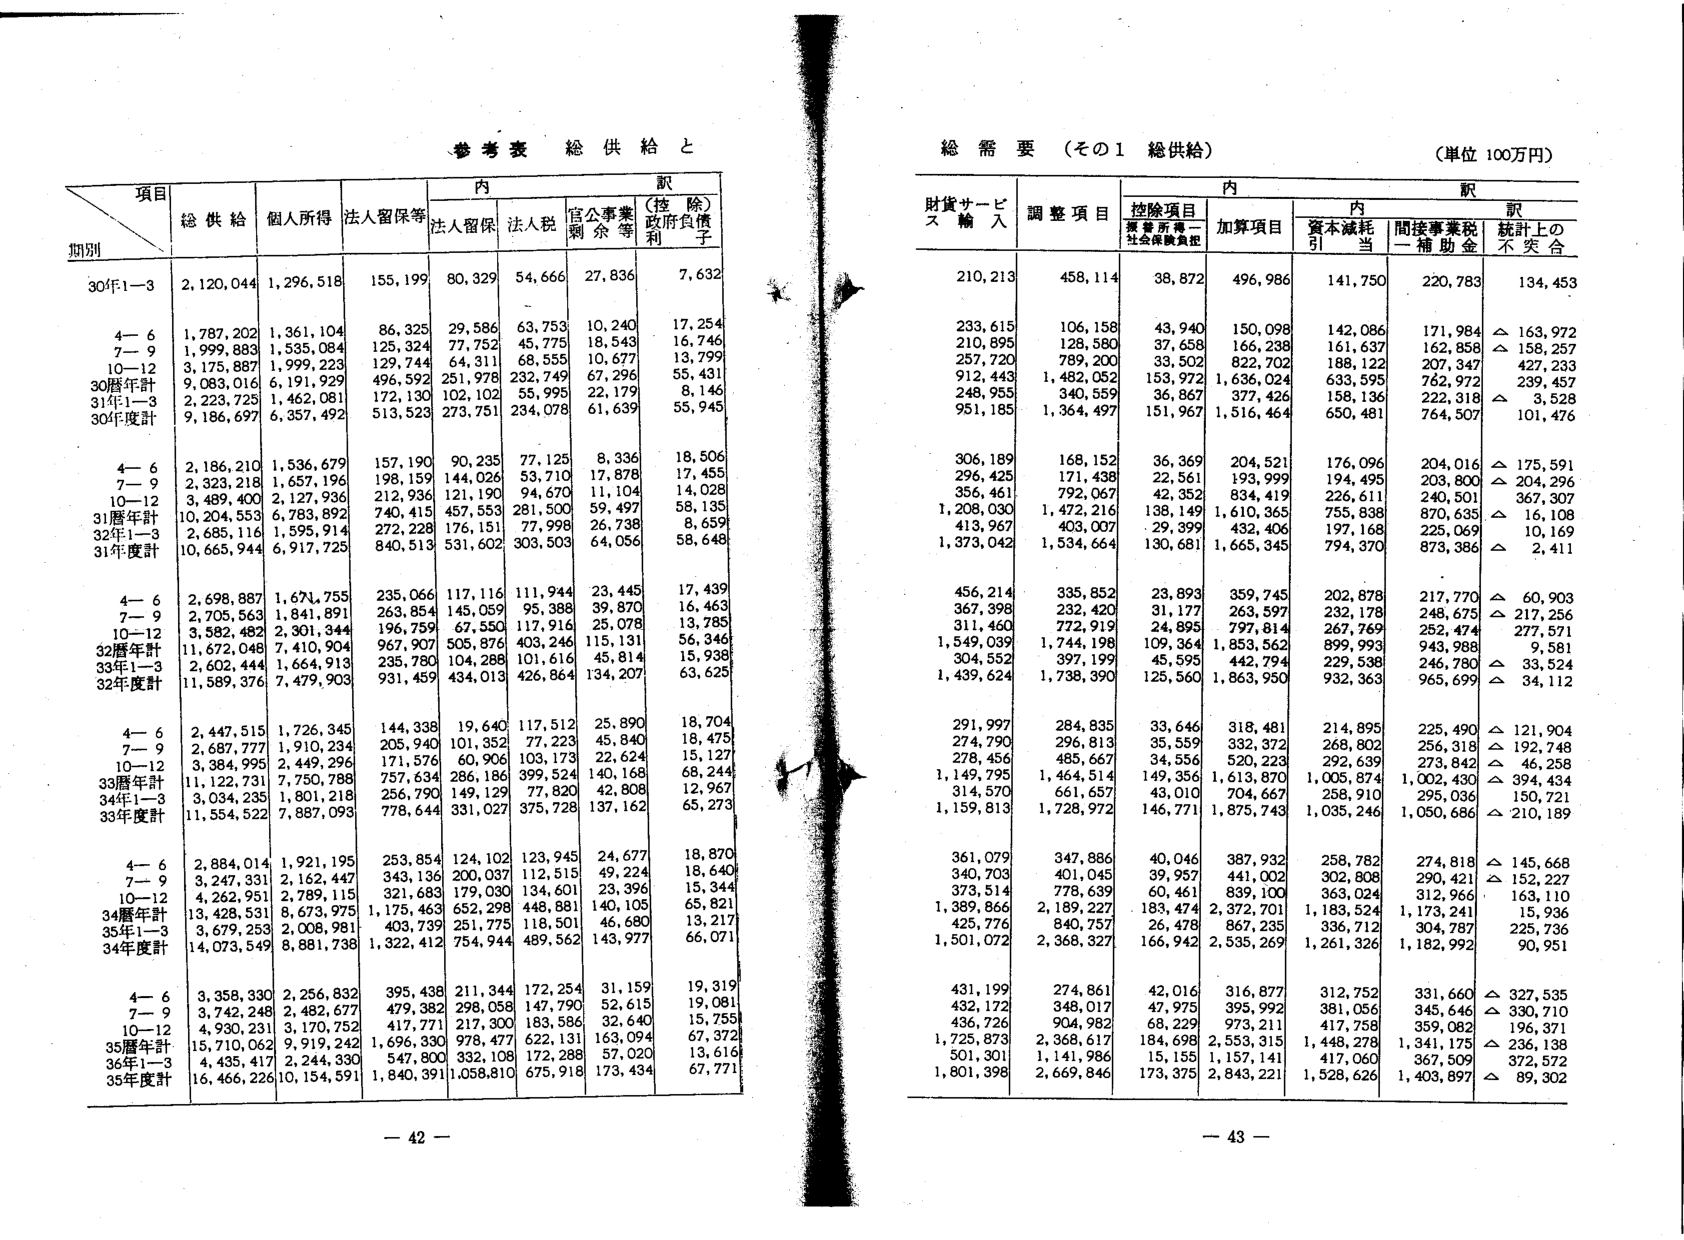
参考表 総供給と

項目
期別
総供給
個人所得
法人留保等
内訳
法人留保
法人税
官公事業剰余等
(控除)政府負債利子

30年1-3
2,120,044
1,296,518
155,199
80,329
54,666
27,836
7,632

4-6
1,787,202
1,361,104
86,325
29,586
63,753
10,240
17,254

7-9
1,999,883
1,535,084
125,324
77,752
45,775
18,543
16,746

10-12
3,175,887
1,999,223
129,744
64,311
68,555
10,677
13,799

30暦年計
9,083,016
6,191,929
496,592
251,978
232,749
67,296
55,431

31年1-3
2,223,725
1,462,081
172,130
102,102
55,995
22,179
8,146

30年度計
9,186,697
6,357,492
513,523
273,751
234,078
61,639
55,945

4-6
2,186,210
1,536,679
157,190
90,235
77,125
8,336
18,506

7-9
2,323,218
1,657,196
198,159
144,026
53,710
17,878
17,455

10-12
3,489,400
2,127,936
212,936
121,190
94,670
11,104
14,028

31暦年計
10,204,553
6,783,892
740,415
457,553
281,500
59,497
58,135

32年1-3
2,685,116
1,595,914
272,228
176,151
77,998
26,738
8,659

31年度計
10,665,944
6,917,725
840,513
531,602
303,503
64,056
58,648

4-6
2,698,887
1,674,755
235,066
117,116
111,944
23,445
17,439

7-9
2,705,563
1,841,891
263,854
145,059
95,388
39,870
16,463

10-12
3,582,482
2,301,344
196,759
67,550
117,916
25,078
13,785

32暦年計
11,672,048
7,410,904
967,907
505,876
403,246
115,131
56,346

33年1-3
2,602,444
1,664,913
235,780
104,288
101,616
45,814
15,938

32年度計
11,589,376
7,479,903
931,459
434,013
426,864
134,207
63,625

4-6
2,447,515
1,726,345
144,338
19,640
117,512
25,890
18,704

7-9
2,687,777
1,910,234
205,940
101,352
77,223
45,840
18,475

10-12
3,384,995
2,449,296
171,576
60,906
103,173
22,624
15,127

33暦年計
11,222,731
7,750,788
757,634
286,186
399,524
140,168
68,244

34年1-3
3,034,235
1,801,218
256,790
149,129
77,820
42,808
12,967

33年度計
11,554,522
7,887,093
778,644
331,027
375,728
137,162
65,273

4-6
2,884,014
1,921,195
253,854
124,102
123,945
24,677
18,870

7-9
3,247,331
2,162,447
343,136
200,037
112,515
49,224
18,640

10-12
4,262,951
2,789,115
321,683
179,030
134,601
23,396
15,344

34暦年計
13,428,531
8,673,975
1,175,463
652,298
448,881
140,105
65,821

35年1-3
3,679,253
2,008,981
403,739
251,775
118,501
46,680
13,217

34年度計
14,073,549
8,881,738
1,322,412
754,944
489,562
143,977
66,071

4-6
3,358,330
2,256,832
395,438
211,344
172,254
31,159
19,319

7-9
3,742,248
2,482,677
479,382
298,058
147,790
52,615
19,081

10-12
4,930,231
3,170,752
417,771
217,300
183,586
32,640
15,755

35暦年計
15,710,062
9,919,242
1,696,330
978,477
622,131
163,094
67,372

36年1-3
4,435,417
2,244,330
547,800
332,108
172,288
57,020
13,616

35年度計
16,466,226
10,154,591
1,840,391
1,058,810
675,918
173,434
67,771

- 42 -

総需要（その1 総供給）
（単位 100万円）

財貨サービス輸入
調整項目
内訳
控除項目
加算項目
内訳
資本減耗引当
間接事業税一補助金
統計上の不突合

210,213
458,114
38,872
496,986
141,750
220,783
134,453

233,615
106,158
43,940
150,098
142,086
171,984
△ 163,972

210,895
128,580
37,658
166,238
161,637
162,858
△ 158,257

257,720
789,200
33,502
822,702
188,122
207,347
427,233

912,443
1,482,052
153,972
1,636,024
633,595
762,972
239,457

248,955
340,559
36,867
377,426
158,136
222,318
△ 3,528

951,185
1,364,497
151,967
1,516,464
650,481
764,507
101,476

306,189
168,152
36,369
204,521
176,096
204,016
△ 175,591

296,425
171,438
22,561
193,999
194,495
203,800
△ 204,296

356,461
792,067
42,352
834,419
226,611
240,501
367,307

1,208,030
1,472,216
138,149
1,610,365
755,838
870,635
△ 16,108

413,967
403,007
29,399
432,406
197,168
225,069
10,169

1,373,042
1,534,664
130,681
1,665,345
794,370
873,386
△ 2,411

456,214
335,852
23,893
359,745
202,878
217,770
△ 60,903

367,398
232,420
31,177
263,597
232,178
248,675
△ 217,256

311,460
772,919
24,895
797,814
267,769
252,474
277,571

1,549,039
1,744,198
109,364
1,853,562
899,993
943,988
9,581

304,552
397,199
45,595
442,794
229,538
246,780
△ 33,524

1,439,624
1,738,390
125,560
1,863,950
932,363
965,699
△ 34,112

291,997
284,835
33,646
318,481
214,895
225,490
△ 121,904

274,790
296,813
35,559
332,372
268,802
256,318
△ 192,748

278,456
485,667
34,556
520,223
292,639
273,842
△ 46,258

1,149,795
1,464,514
149,356
1,613,870
1,005,874
1,002,430
△ 394,434

314,570
661,657
43,010
704,667
258,910
295,036
150,721

1,159,813
1,728,972
146,771
1,875,743
1,035,246
1,050,686
△ 210,189

361,079
347,886
40,046
387,932
258,782
274,818
△ 145,668

340,703
401,045
39,957
441,002
302,808
290,421
△ 152,227

373,514
778,639
60,461
839,100
363,024
312,966
163,110

1,389,866
2,189,227
183,474
2,372,701
1,183,524
1,173,241
15,936

425,776
840,757
26,478
867,235
336,712
304,787
225,736

1,501,072
2,368,327
166,942
2,535,269
1,261,326
1,182,992
90,951

431,199
274,861
42,016
316,877
312,752
331,660
△ 327,535

432,172
348,017
47,975
395,992
381,056
345,646
△ 330,710

436,726
904,982
68,229
973,211
417,758
359,082
196,371

1,725,873
2,368,617
184,698
2,553,315
1,448,278
1,341,175
△ 236,138

501,301
1,141,986
15,155
1,157,141
417,060
367,509
372,572

1,801,398
2,669,846
173,375
2,843,221
1,528,626
1,403,897
△ 89,302

- 43 -